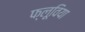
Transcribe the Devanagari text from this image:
फ्लूविया